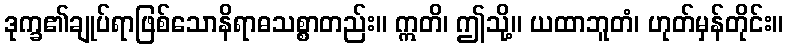
ဒုက္ခ၏ချုပ်ရာဖြစ်သောနိရာဓသစ္စာတည်း။ ဣတိ၊ ဤသို့။ ယထာဘူတံ၊ ဟုတ်မှန်တိုင်း။